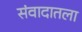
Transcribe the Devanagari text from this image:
संवादातला